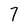
Character: 7